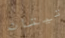
تيتان